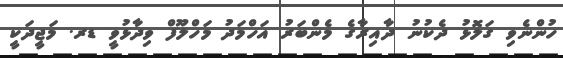
ހުންނެވި ގަލޮޅު ދެކުނު ދާއިރާގެ މެންބަރު އަހްމަދު މަހްލޫފް ވިދާޅުވީ ޑރ. މަޖީދަކީ